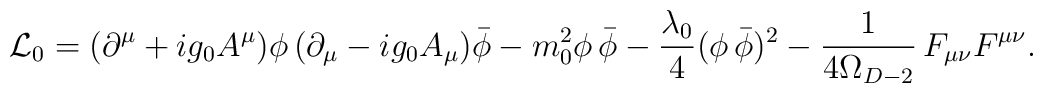
{\cal L}_0=(\partial^\mu+ig_0 A^\mu)\phi\,(\partial_\mu-ig_0 A_\mu){\bar{\phi}}-m_0^2\phi\,{\bar{\phi}}-\frac{\lambda_0}{4}(\phi\,{\bar{\phi}})^2-\frac{1}{4\Omega_{D-2}}\,F_{\mu\nu}F^{\mu\nu}.